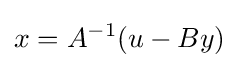
x=A^{-1}(u-By)